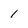
Character: 1